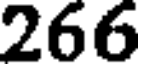
266